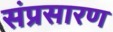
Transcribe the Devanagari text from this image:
संप्रसारण